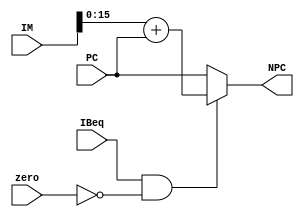
module PC_count( PC , IM, IBeq , zero , NPC);
input [29:0] PC ;
input [31:0] IM ;
input IBeq , zero ;
output [29:0]NPC ;

wire [29:0] p ;
assign p = {14'b0 , IM [15:0]} + PC;

assign NPC = ( IBeq & ~zero ) ? p  : PC  ;
endmodule